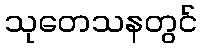
သုတေသနတွင်